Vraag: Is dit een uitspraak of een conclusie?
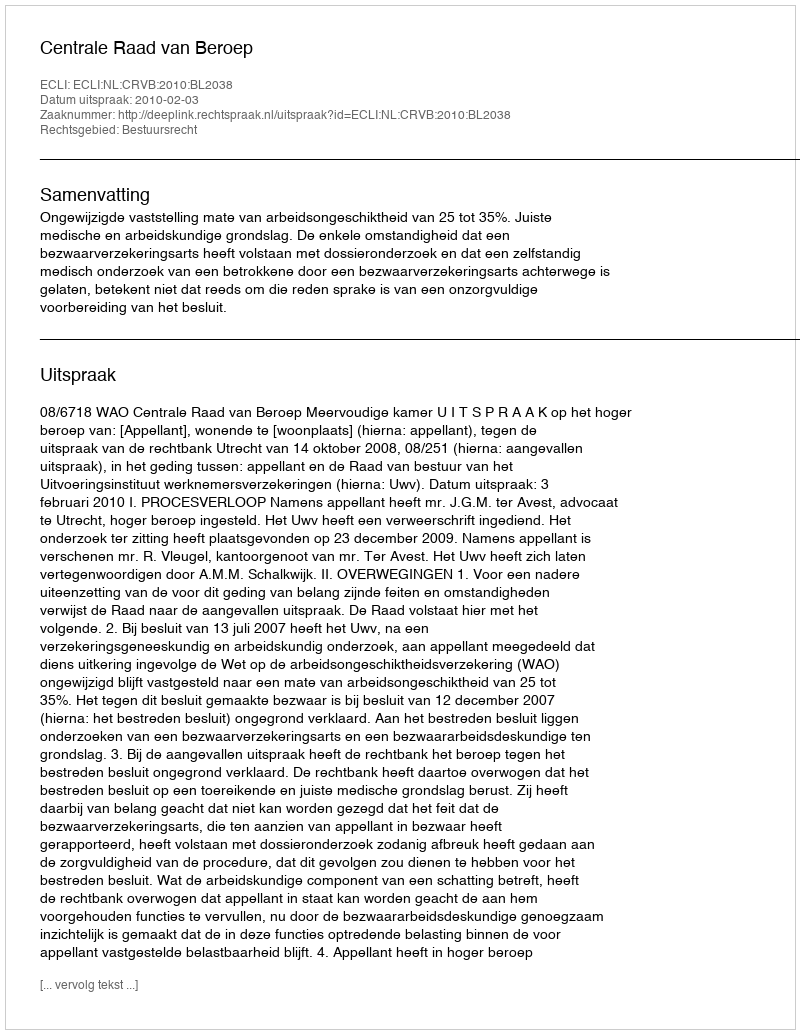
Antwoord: Uitspraak